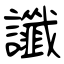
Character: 讖